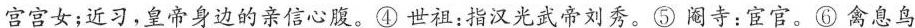
宫宫女；近习，皇帝身边的亲信心腹。④世祖：指汉光武帝刘秀。⑤阉寺；宦官。⑥禽息鸟